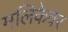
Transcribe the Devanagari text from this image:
मलिकेवर